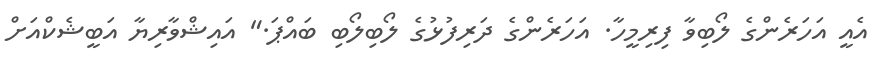
އެއީ އަހަރެންގެ ލޯބިވާ ފިރިމީހާ. އަހަރެންގެ ދަރިފުޅުގެ ލޯބިލޯބި ބައްޕަ." އައިޝްވާރިޔާ އަބީޝެކްއަށް